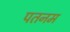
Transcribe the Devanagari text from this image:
पतनम